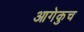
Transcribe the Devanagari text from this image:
आगेकुच